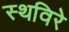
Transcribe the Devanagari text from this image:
स्थविरे